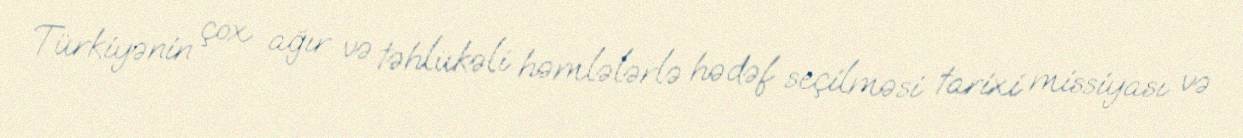
Türkiyənin çox ağır və təhlükəli həmlələrlə hədəf seçilməsi tarixi missiyası və